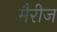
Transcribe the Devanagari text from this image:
मैरीज